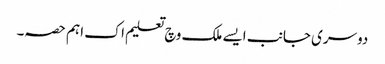
دوسری جانب ایس‏ے ملک وچ تعلیم اک اہ‏م حصہ۔